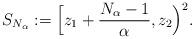
LaTeX: \begin{align*} S_{N_\alpha} := \Big[ z_1 + \frac{N_\alpha - 1}\alpha, z_2 \Big)^2.\end{align*}